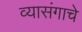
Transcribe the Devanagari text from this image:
व्यासंगाचे